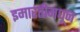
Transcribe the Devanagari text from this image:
इमारतीमधून